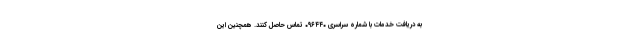
به دریافت خدمات با شماره سراسری ۰۹۶۴۴۰ تماس حاصل کنند. همچنین این